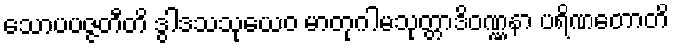
သောပပဇ္ဇတီတိ ဒွါဒသသုယေဝ မာတုဂါမသုတ္တာဒိဝဏ္ဏနာ ပရိဏတောတိ